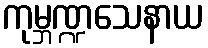
ကုမ္ဘဏ္ဍသေနာယ